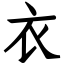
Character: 衣